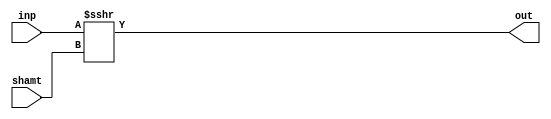
`timescale 1ns / 1ps
//////////////////////////////////////////////////////////////////////////////////
// Company: 
// Engineer: 
// 
// Design Name: 
// Module Name:    ArithmeticShifter 
// Project Name: 
// Target Devices: 
// Tool versions: 
// Description: 
//
// Dependencies: 
//
// Revision: 
// Revision 0.01 - File Created
// Additional Comments: 
//
//////////////////////////////////////////////////////////////////////////////////

// Arithmetic Right Shifter
module ArithmeticShifter(
    input [31:0] inp,
    input [4:0] shamt,
    output [31:0] out
    );
	 
	 assign out = inp >>> shamt;

endmodule